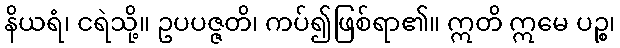
နိယရံ၊ ငရဲသို့။ ဥပပဇ္ဇတိ၊ ကပ်၍ဖြစ်ရာ၏။ ဣတိ ဣမေ ပဉ္စ၊